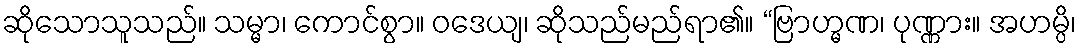
ဆိုသောသူသည်။ သမ္မာ၊ ကောင်စွာ။ ဝဒေယျ၊ ဆိုသည်မည်ရာ၏။ “ဗြာဟ္မဏ၊ ပုဏ္ဏား။ အဟမ္ပိ၊